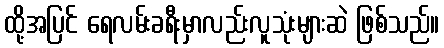
ထို့အပြင် ရေလမ်းခရီးမှာလည်းလူသုံးများဆဲ ဖြစ်သည်။